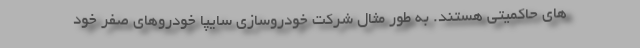
های حاکمیتی هستند. به طور مثال شرکت خودروسازی سایپا خودروهای صفر خود